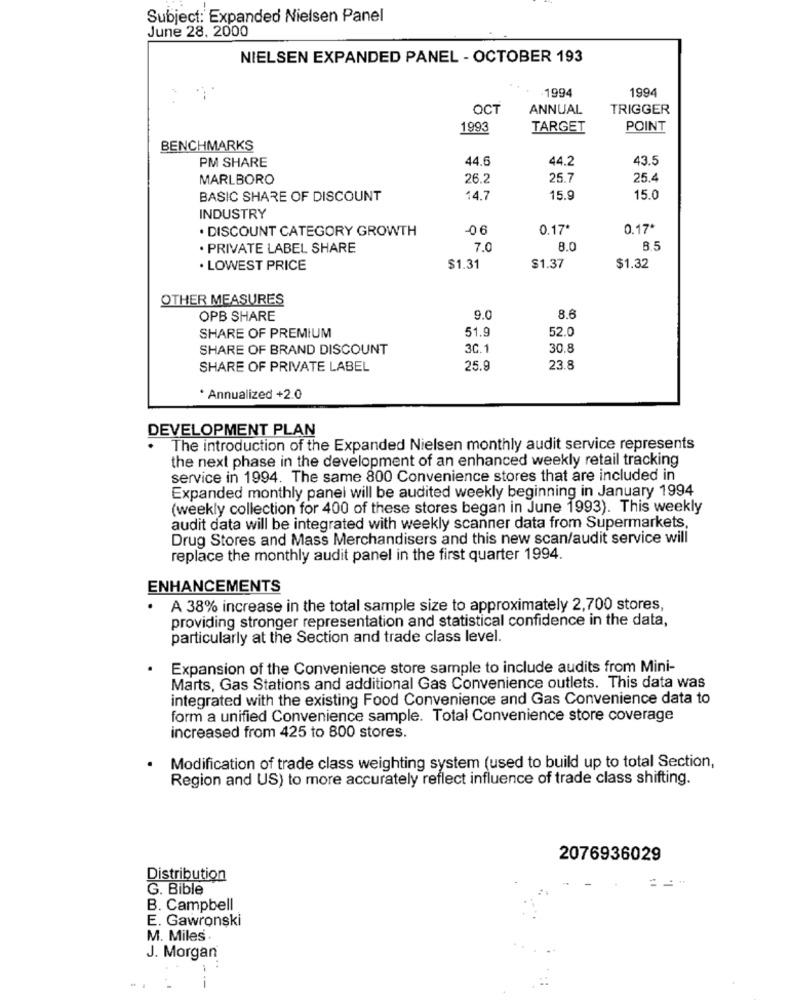
Subject: Expanded Nielsen Panel
June 28, 2000
NIELSEN EXPANDED PANEL - OCTOBER 193
1994
1994
OCT
ANNUAL
TRIGGER
1993
TARGET
POINT
BENCHMARKS
PM SHARE
44.6
44.2
43.5
MARLBORO
26.2
25.7
25.4
BASIC SHARE OF DISCOUNT
14.7
15.9
15.0
INDUSTRY
. DISCOUNT CATEGORY GROWTH
-06
0.17*
0.17*
. PRIVATE LABEL SHARE
7.0
8.0
8.5
. LOWEST PRICE
$1.31
$1.37
$1.32
OTHER MEASURES
OPB SHARE
9.0
8.6
SHARE OF PREMIUM
51.9
52.0
SHARE OF BRAND DISCOUNT
3C.1
30.8
SHARE OF PRIVATE LABEL
25.8
23.8
* Annualized +2.0
DEVELOPMENT PLAN
The introduction of the Expanded Nielsen monthly audit service represents
the next phase in the development of an enhanced weekly retail tracking
service in 1994. The same 800 Convenience stores that are included in
Expanded monthly panel will be audited weekly beginning in January 1994
(weekly collection for 400 of these stores began in June 1993). This weekly
audit data will be integrated with weekly scanner data from Supermarkets,
Drug Stores and Mass Merchandisers and this new scan/audit service will
replace the monthly audit panel in the first quarter 1994.
ENHANCEMENTS
A 38% increase in the total sample size to approximately 2,700 stores,
providing stronger representation and statistical confidence in the data,
particularly at the Section and trade class level.
Expansion of the Convenience store sample to include audits from Mini-
Marts, Gas Stations and additional Gas Convenience outlets. This data was
integrated with the existing Food Convenience and Gas Convenience data to
form a unified Convenience sample. Total Convenience store coverage
increased from 425 to 800 stores.
Modification of trade class weighting system (used to build up to total Section,
Region and US) to more accurately reflect influence of trade class shifting.
2076936029
Distribution
G. Bible
B. Campbell
E. Gawronski
M. Miles
J. Morgan